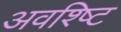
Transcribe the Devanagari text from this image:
अवश्ष्टि